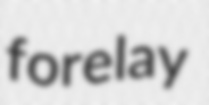
forelay